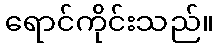
ရောင်ကိုင်းသည်။